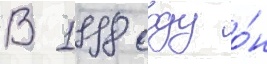
В 1998 году о́н